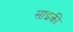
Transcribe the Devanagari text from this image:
साइकी